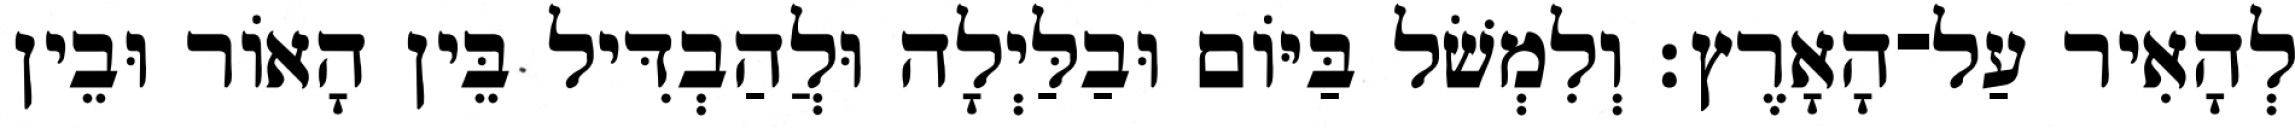
לְהָאִיר עַל־הָאָרֶץ׃ וְלִמְשֹׁל בַּיֹּום וּבַלַּיְלָה וּלֲהַבְדִּיל בֵּין הָאֹור וּבֵין